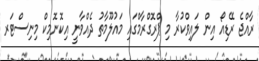
ރާއްޖެ ރޭޑިއޯ އިން ލައިވްކުރާ މި ޕްރޮގްރާމްގައި މައުލޫމާތު ދެއްވާނީ އިކޮނޮމިކް މިނިސްޓަރ